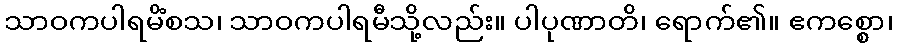
သာဝကပါရမိံစသ၊ သာဝကပါရမီသို့လည်း။ ပါပုဏာတိ၊ ရောက်၏။ ဧကစ္စော၊